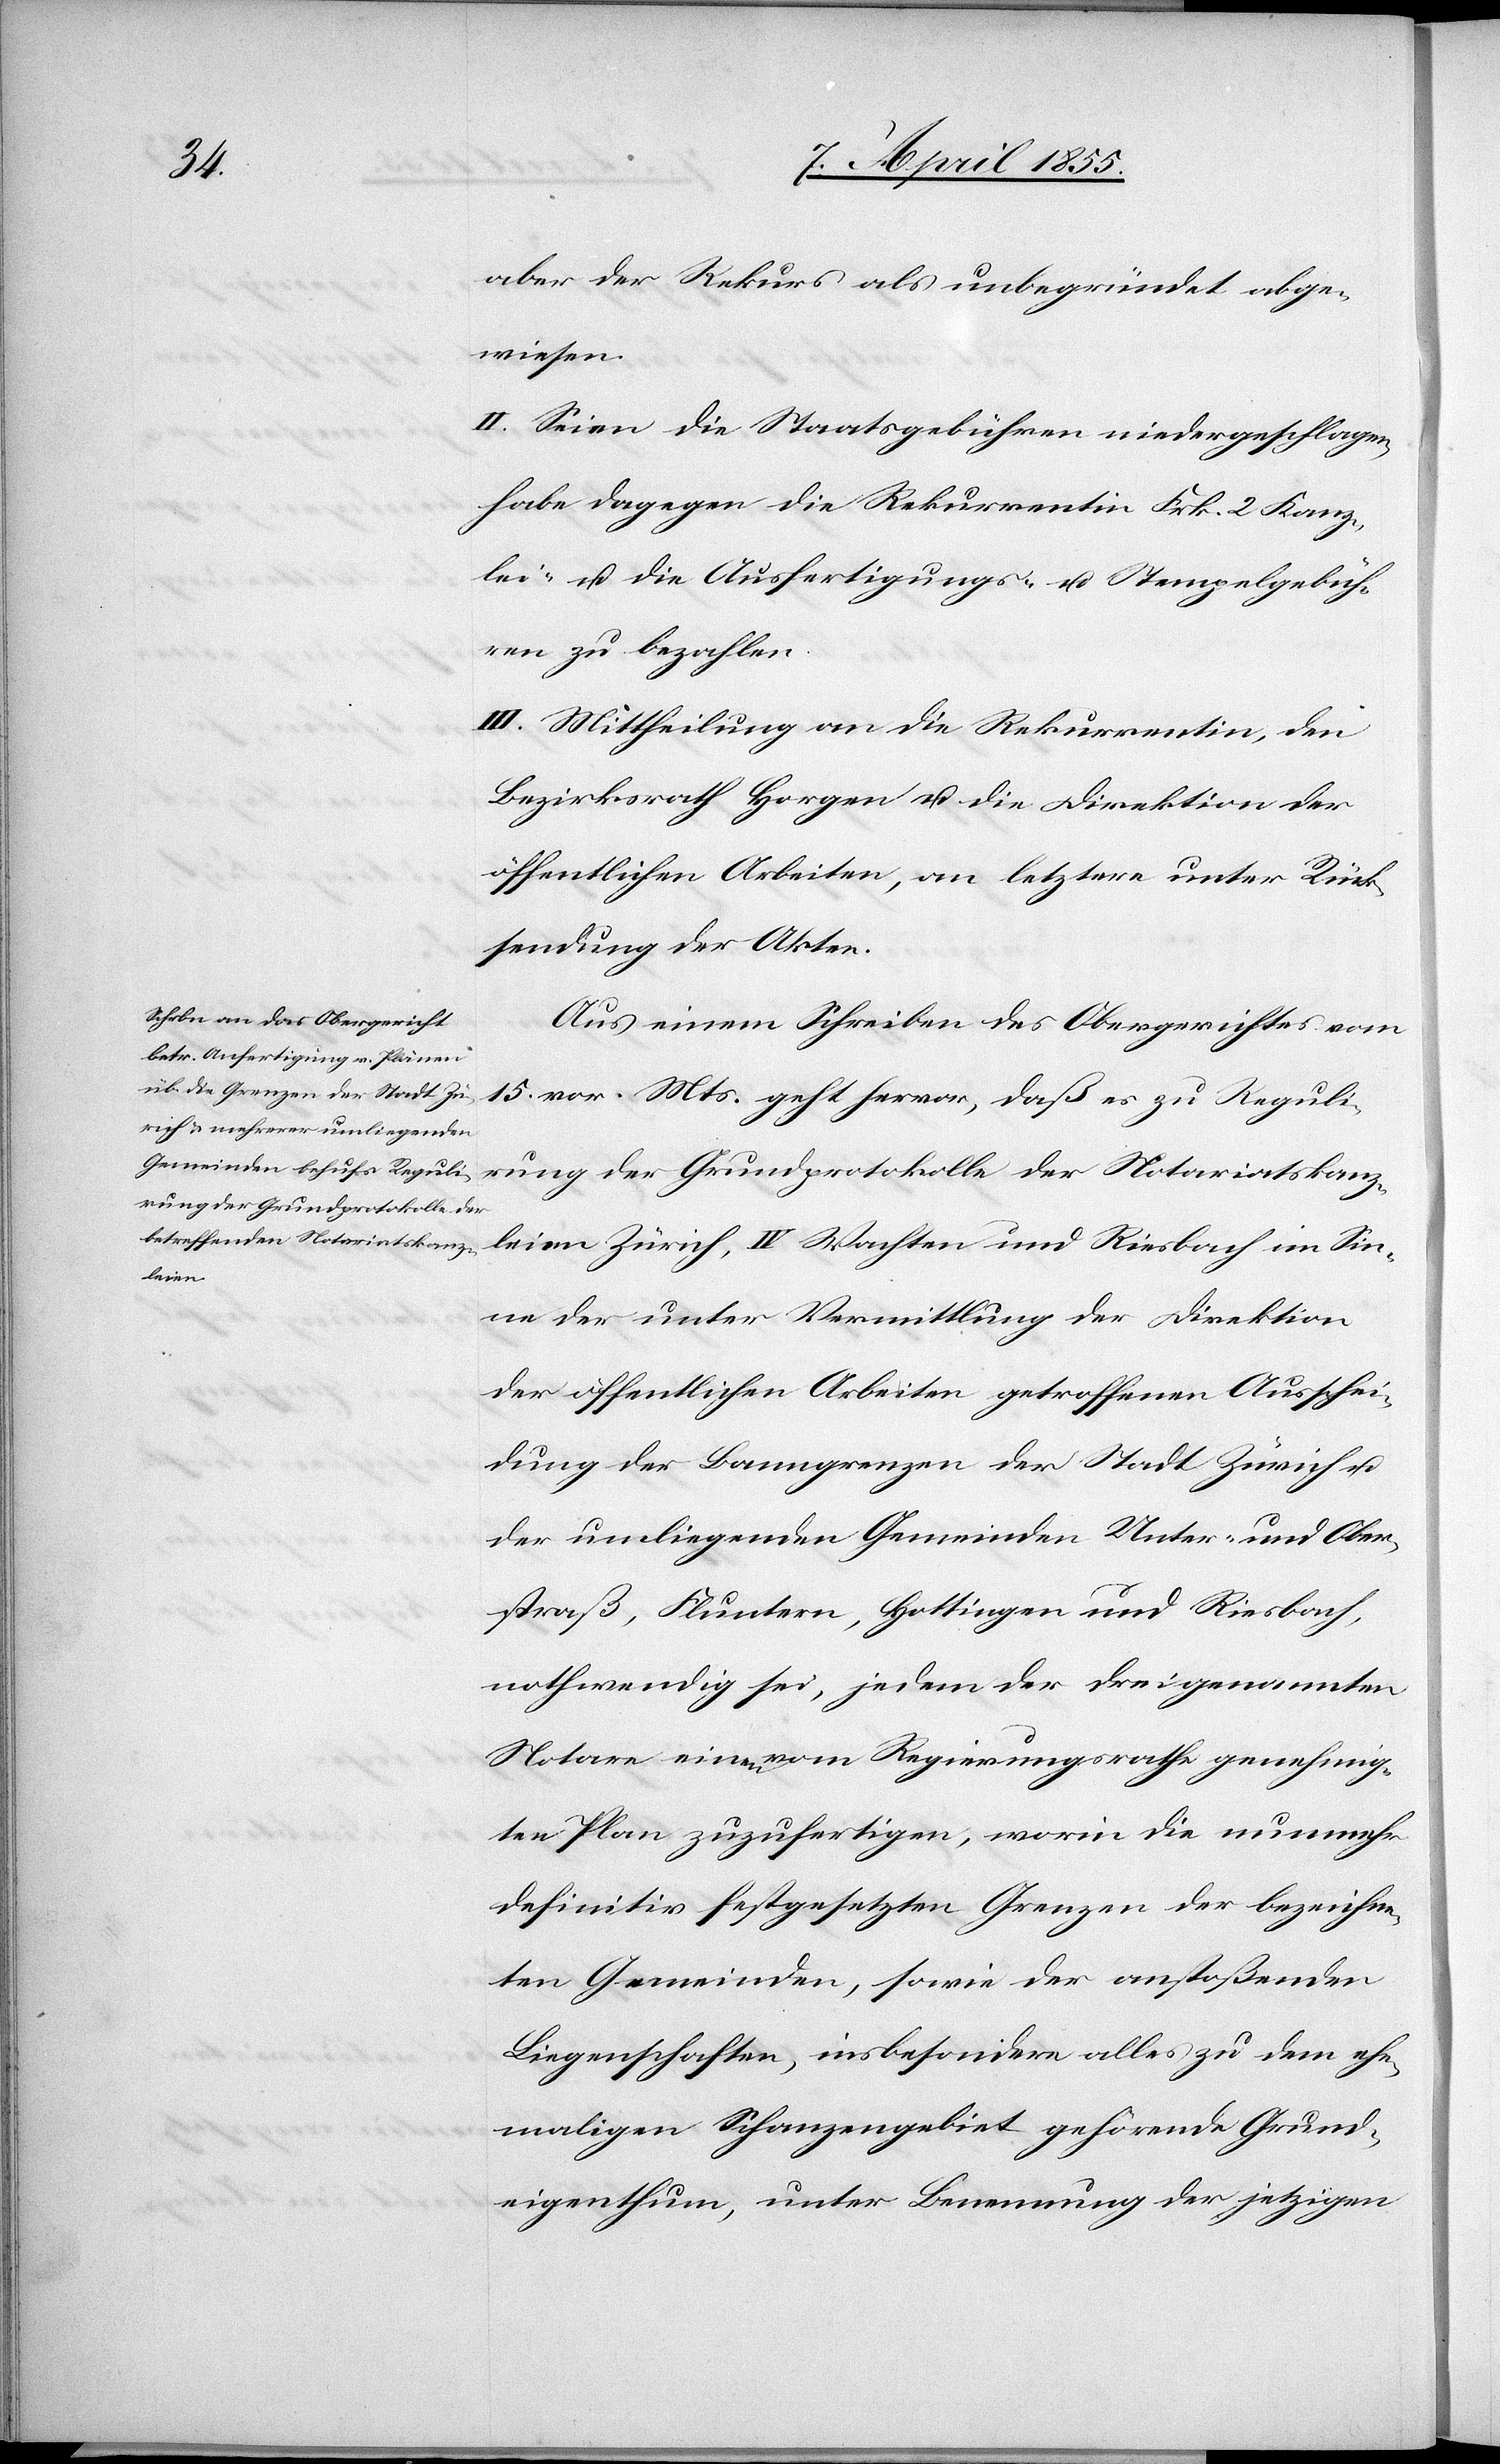
aber der Rekurs als unbegründet abge¬
wiesen.
II. Seien die Staatsgebühren niedergeschlagen,
habe dagegen die Rekurrentin Frk. 2 Kanz¬
lei- u. die Ausfertigungs- u. Stempelgebüh¬
ren zu bezahlen.
III. Mittheilung an die Rekurrentin, den
Bezirksrath Horgen u. die Direktion der
öffentlichen Arbeiten, an letztere unter Rück¬
sendung der Akten.
Aus einem Schreiben des Obergerichtes vom
15. vor. Mts. geht hervor, daß es zu Reguli¬
rung der Grundprotokolle der Notariatskanz¬
leien Zürich, IV Wachten und Riesbach im Sin¬
ne der unter Vermittlung der Direktion
der öffentlichen Arbeiten getroffenen Ausschei¬
dung der Banngrenzen der Stadt Zürich u.
der umliegenden Gemeinden Unter- und Ober¬
straß, Fluntern, Hottingen und Riesbach,
nothwendig sei, jedem der drei genannten
Notare einen vom Regierungsrathe genehmig¬
ten Plan zuzufertigen, worin die nunmehr
definitiv festgesetzten Grenzen der bezeichne¬
ten Gemeinden, sowie der anstoßenden
Liegenschaften, insbesondere alles zu dem ehe¬
maligen Schanzengebiet gehörende Grund¬
eigenthum, unter Benennung der jetzigen